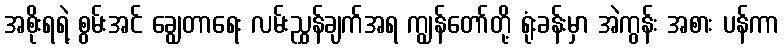
အစိုးရရဲ့ စွမ်းအင် ချွေတာရေး လမ်းညွှန်ချက်အရ ကျွန်တော်တို့ ရုံးခန်းမှာ အဲကွန်း အစား ပန်ကာ